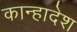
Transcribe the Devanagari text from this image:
कान्हादेश